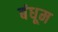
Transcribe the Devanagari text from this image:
बंधूम